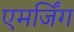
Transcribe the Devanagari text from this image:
एमर्जिंग